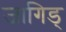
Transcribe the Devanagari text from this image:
जागिड्